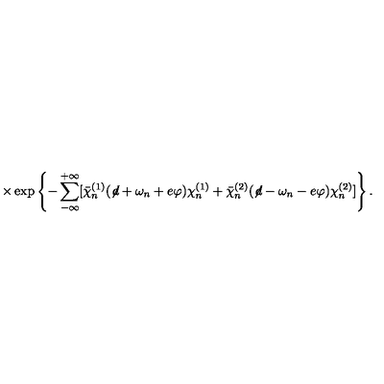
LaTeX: \times \exp \left\{ - \sum _ { - \infty } ^ { + \infty } [ { \bar { \chi } } _ { n } ^ { ( 1 ) } ( \not \! d + \omega _ { n } + e \varphi ) \chi _ { n } ^ { ( 1 ) } + { \bar { \chi } } _ { n } ^ { ( 2 ) } ( \not \! d - \omega _ { n } - e \varphi ) \chi _ { n } ^ { ( 2 ) } ] \right\} .